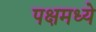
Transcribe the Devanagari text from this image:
पक्षमध्ये